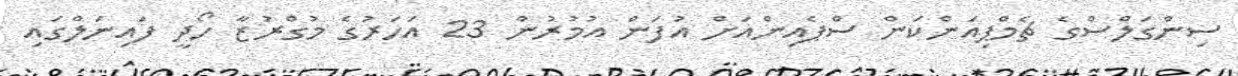
ސިންގަލްސްގެ ޗެމްޕިއަންކަން ސްޕެއިންއަށް އުފަން އުމުރުން 23 އަހަރުގެ މުގްރުޒާ ހޯދީ ފައިނަލްގައި